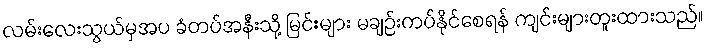
လမ်းလေးသွယ်မှအပ ခံတပ်အနီးသို့ မြင်းများ မချဉ်းကပ်နိုင်စေရန် ကျင်းများတူးထားသည်။